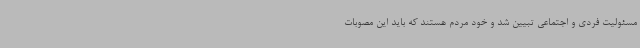
مسئولیت فردی و اجتماعی تبیین شد و خود مردم هستند که باید این مصوبات